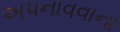
અપનાવવાના